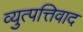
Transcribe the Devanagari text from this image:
व्युत्पत्तिवाद